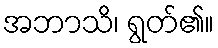
အဘာသိ၊ ရွတ်၏။